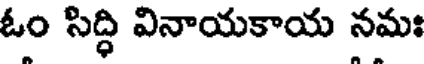
ఓం సిద్ధి వినాయకాయ నమః